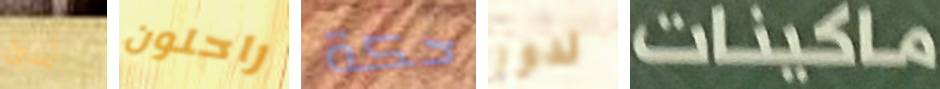
شئ راحلون حكة لدور ماكينات